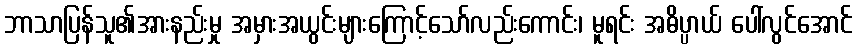
ဘာသာပြန်သူ၏အားနည်းမှု အမှားအယွင်းများကြောင့်သော်လည်းကောင်း၊ မူရင်း အဓိပ္ပာယ် ပေါ်လွင်အောင်